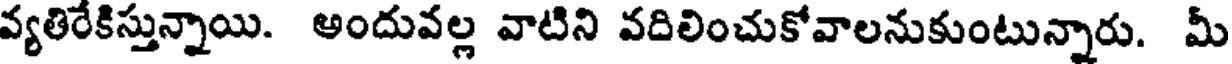
వ్యతిరేకిస్తున్నాయి. అందువల్ల వాటిని వదిలించుకోవాలనుకుంటున్నారు. మీ